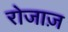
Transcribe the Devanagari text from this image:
रोजाज़